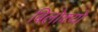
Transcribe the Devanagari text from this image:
बिलोक्यों